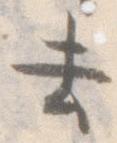
去